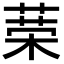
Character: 𦴇